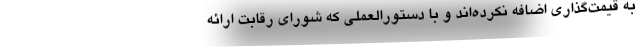
به قیمت‌گذاری اضافه نکرده‌اند و با دستورالعملی که شورای رقابت ارائه